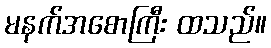
မနက်အစောကြီး ထသည်။